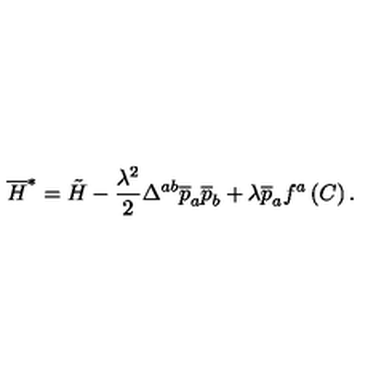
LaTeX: \overline { { H } } ^ { * } = \tilde { H } - \frac { \lambda ^ { 2 } } 2 \Delta ^ { a b } \overline { { p } } _ { a } \overline { { p } } _ { b } + \lambda \overline { { p } } _ { a } f ^ { a } \left( C \right) .